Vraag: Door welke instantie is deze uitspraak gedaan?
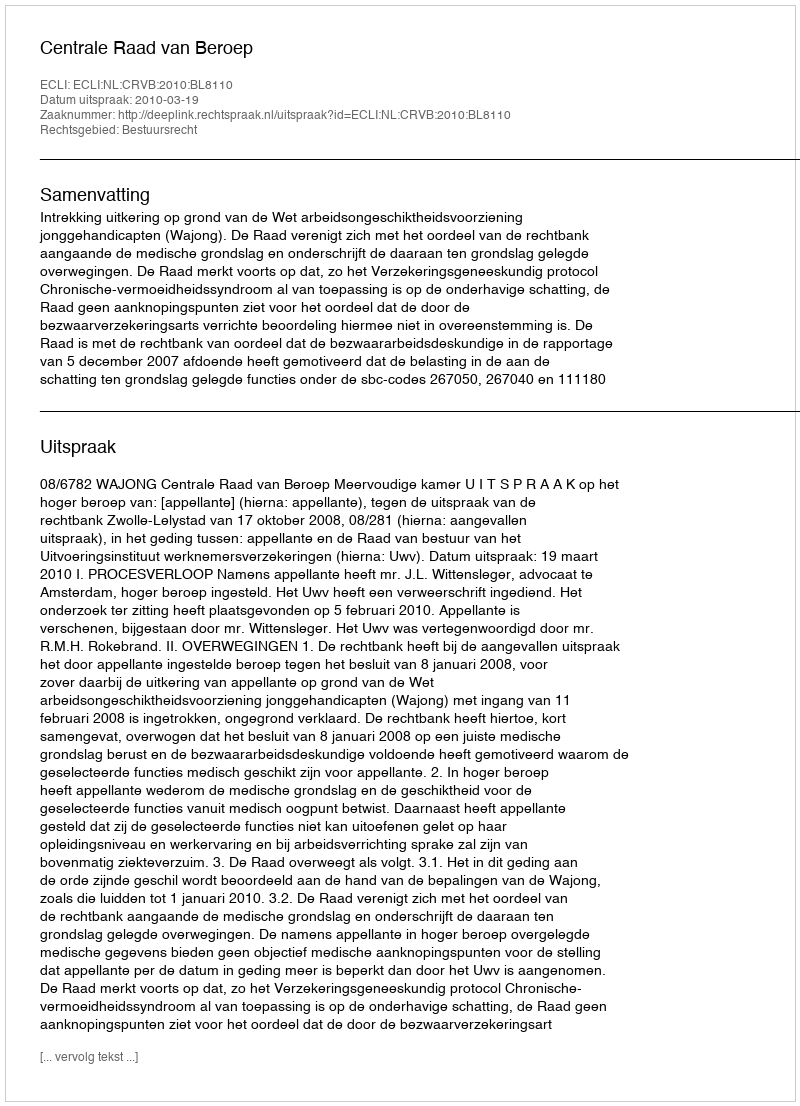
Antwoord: Centrale Raad van Beroep